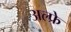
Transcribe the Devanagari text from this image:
अल्फ्रे